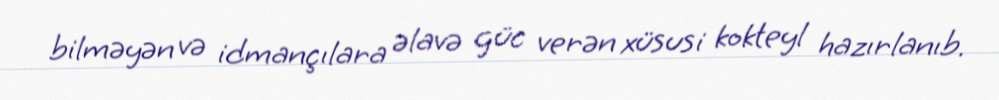
bilməyən və idmançılara əlavə güc verən xüsusi kokteyl hazırlanıb.